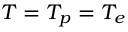
T = T _ { p } = T _ { e }